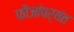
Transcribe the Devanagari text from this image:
फौजांपर्यंत